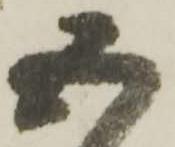
五